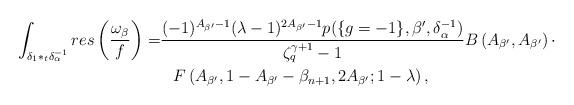
LaTeX: \begin{align*} \int_{\delta_1*_t\delta_{\alpha}^{-1}} res\left(\frac{\omega_\beta}{f}\right)=&\frac{(-1)^{A_{\beta'}-1}(\lambda-1)^{2A_{\beta'}-1}p(\{g=-1 \},\beta',\delta_{\alpha}^{-1})}{\zeta_{q}^{\gamma+1}-1}B\left(A_{\beta'},A_{\beta'}\right)\cdot \\ & \;\;\: F\left(A_{\beta'},1-A_{\beta'}-\beta_{n+1},2A_{\beta'};1-\lambda\right), \end{align*}